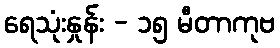
ရေသုံးနှုန်း - ၁၅ မီတာကုဗ